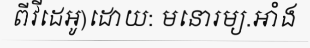
ពីវីដេអូ)ដោយ: មនោរម្យ.អាំង